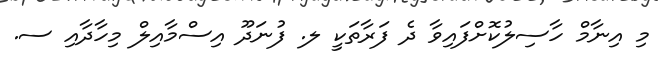
މި އިނާމް ހާސިލުކޮށްފައިވާ ދެ ފަރާތަކީ ލ. ފުނަދޫ އިސްމާއިލް މިހާދާއި ސ.